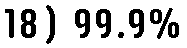
18) 99.9%